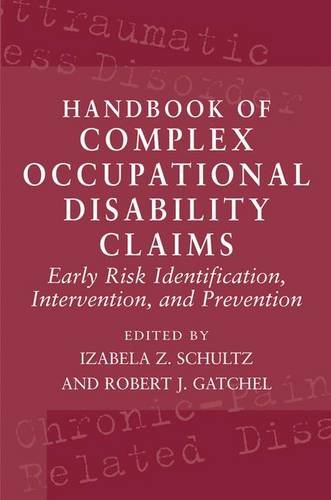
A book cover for Handbook of Complex Occupational Disability Claims: Early Risk Identification, Intervention, and Prevention; Law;